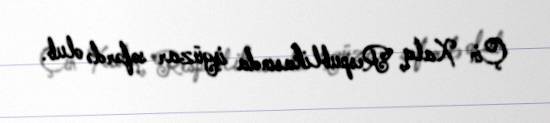
Çin Xalq Respublikasında işgüzar səfərdə olub.